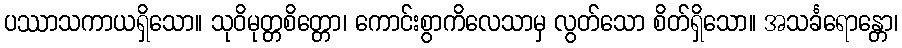
ပဿာသကာယရှိသော။ သုဝိမုတ္တစိတ္တော၊ ကောင်းစွာကိလေသာမှ လွတ်သော စိတ်ရှိသော။ အသင်္ခရောန္တော၊